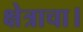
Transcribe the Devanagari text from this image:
क्षेत्राचा।